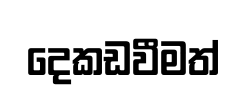
දෙකඩවීමත්